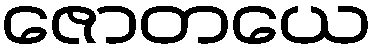
ဇောတယေ